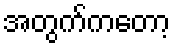
အတွက်ကတော့